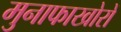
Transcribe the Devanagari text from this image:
मुनाफाखोरों